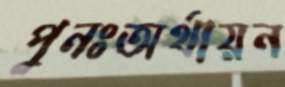
পুনঃঅর্থায়ন